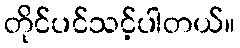
တိုင်ပင်သင့်ပါတယ်။